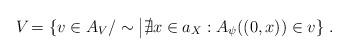
LaTeX: \begin{align*}V_{} = \{v \in A_V/\sim \big| \nexists x\in a_X: A_\psi((0,x))\in v\}\;.\end{align*}